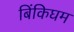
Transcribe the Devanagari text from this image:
बिंकिघम